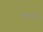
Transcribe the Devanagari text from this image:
१९०वाँ